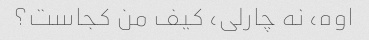
اوه، نه چارلی، کیف من کجاست؟